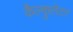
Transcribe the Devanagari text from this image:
कैल्कुलेटर